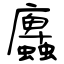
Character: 蠯